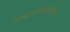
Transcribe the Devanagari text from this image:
तमाशाकलेतील